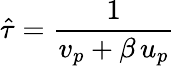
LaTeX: \hat{\tau}=\frac{1}{v_{p}+\beta\, u_{p}}